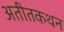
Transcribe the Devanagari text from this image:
अतीतकथन